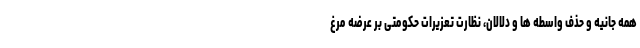
همه جانیه و حذف واسطه ها و دلالان، نظارت تعزیرات حکومتی بر عرضه مرغ